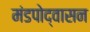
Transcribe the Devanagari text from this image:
मंडपोद्वासन